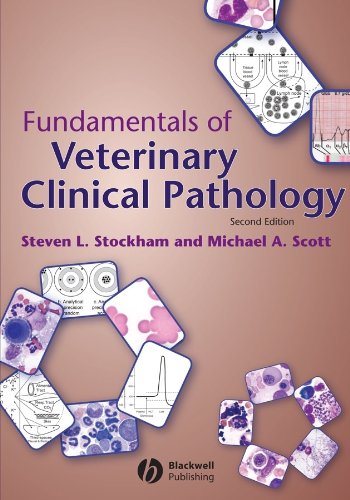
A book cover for Fundamentals of Veterinary Clinical Pathology, Book plus Card for e-Access; Medical Books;